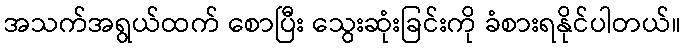
အသက်အရွယ်ထက် စောပြီး သွေးဆုံးခြင်းကို ခံစားရနိုင်ပါတယ်။